Vaccination United Provinces of Agra and Oudh 1902-1913 - 1902-1913
Year: 1902
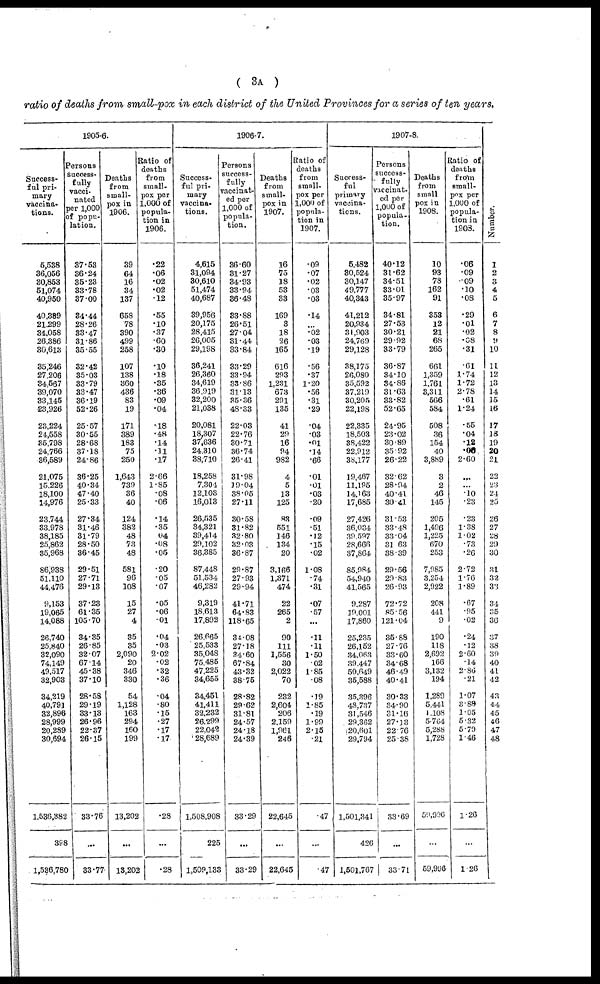
( 3A )
ratio of deaths from small-pox in each district of the United Provinces for a series of ten years.
1905-6.
Success-
ful pri-
mary
vaccina-
tions.
5,538
36,056
30,853
51,074
40,950
40,389
21,299
34,058
26,386
30,613
35,246
27,206
34,567
39,070
33,145
23,926
23,224
24,558
35,798
24,766
36,589
21,075
15,226
18,100
14,976
23,744
33,978
38,185
25,862
35,968
86,938
51,110
44,476
9,153
19,065
14,088
26,740
25,840
32,090
74,149
49,517
32,903
34,219
40,791
32,896
28,999
20,289
30,694
1,536,382
398
1,536,780
Persons
success¬
fully
vacci-
nated
per 1,000
of popu-
lation.
37.53
36.24
35.23
33.78
37.00
34.44
28.26
33.47
31.86
35.55
32.42
35.03
33.79
33.47
36.19
52.26
25.57
30.55
28.68
37.18
24.86
36.25
40.34
47.40
25.33
27.34
31.46
31.79
28.50
36.45
29.51
27.71
29.13
37.23
61.35
105.70
34.35
26.85
32.07
67.14
45.38
37.10
28.58
29.19
33.13
26.96
22.37
26.15
33.76
...
33.77
Deaths
from
small-
pox in
1906.
39
64
16
34
137
658
78
390
499
258
107
138
360
436
83
19
171
389
183
75
250
1,643
739
36
40
124
382
48
73
48
581
96
108
15
27
4
35
35
2,090
20
346
330
54
1,128
163
294
160
199
13,202
...
13,202
Ratio of
deaths
from
small-
pox per
1,000 of
popula-
tion in
1906.
.22
.06
.02
.02
.12
.55
.10
.37
.60
.30
.10
.18
.35
.36
.09
.04
.18
.48
.14
.11
.17
2.66
1.85
.08
.06
.14
.35
04
.08
.05
.20
.05
.07
.05
.06
.01
.04
.03
2.02
.02
.32
.36
.04
.80
.15
.27
.17
.17
.28
...
.28
1906-7.
Success-
ful pri¬
mary
vaccina¬
tions.
4,615
31,094
30,610
51,474
40,687
39,956
20,175
28,415
26,005
29,198
36,241
26,360
34,619
36,919
32,200
21,038
20,081
18,307
37,636
24,310
38,710
18,258
7,304
12,103
16,013
26,535
34,321
39,414
29,102
36,385
87,448
51,534
46,282
9,319
18,613
17,892
26,665
25,533
35,048
75.485
47,225
34,655
34,451
41,411
32,232
26,299
22,042
28,689
1,508,908
225
1,509,133
Persons
success¬
fully
vaccinat-
ed per
1,000 of
popula-
tion.
36.60
31.27
34.93
33.94
36.48
33.88
26.51
27.04
31.44
33.84
33.29
33.94
33.86
31.13
35.36
48.33
22.03
22.76
30.71
36.74
26.41
31.98
19.04
38.05
27.11
30.58
31.82
32.80
32.03
36.87
29.87
27.93
29.94
41.71
64.83
118.65
34.08
27.18
34.60
67.84
43.32
38.75
28.82
29.62
31.81
24.57
24.18
24.39
33.29
...
33.29
Deaths
from
small-
pox in
1907.
16
75
18
53
33
169
3
18
26
165
616
293
1,231
673
291
135
41
29
16
94
982
4
5
13
125
83
551
146
134
20
3,166
1,371
474
22
265
2
90
111
1,556
30
2,022
70
232
2,604
206
2,159
1,961
246
22,645
...
22,645
Ratio of
deaths
from
small-
pox per
1,000 of
popula-
tion in
1907.
.09
.07
.02
.03
.03
.14
...
.02
.03
.19
.56
.37
1.20
.56
.31
.29
.04
.03
.01
.14
.66
.01
.01
.03
.20
.09
.51
.12
.15
.02
1.08
.74
.31
.07
.57
...
.11
.11
1.50
.02
185
.08
.19
1.85
.19
1.99
2.15
.21
.47
...
.47
1907-8.
Success¬
ful
primary
vaccina-
tions.
5,482
30,524
30,147
49,777
40,343
41,212
20,934
31,903
24,769
29,128
38,175
26,080
35,592
37,219
30,205
22,198
22,335
18,503
38,422
22,912
38,177
19,467
11,195
14,163
17,685
27,426
36,034
39,597
28,666
37,864
85,984
54,940
41,565
9.287
19,001
17,860
25,235
26,152
34,063
39,447
50,649
35,588
35,396
48,737
31,546
29,362
20,601
29,794
1,501,341
426
1,501,767
Persons
success-
fully
vaccinat¬
ed per
1,000 of
popula-
tion.
40.12
31.62
34.51
33.01
35.97
34.81
27.53
30.21
29.92
33.79
36.87
34.10
34.86
31.63
33.82
52.65
24.95
23.02
30.89
35.92
26.22
32.62
28.94
40.41
30.41
31.53
33.48
33.04
31.63
38.39
29.56
29.83
26.93
72.72
85.56
121.04
35.88
27.76
33.60
34.68
46.49
40.41
30.33
34.90
31.16
27.13
22.76
25.38
33.69
...
33.71
Deaths
from
small
pox in
1908.
10
93
78
162
91
353
12
21
68
265
661
1,359
1,761
3,311
566
584
508
36
154
40
3,889
3
2
46
145
205
1,496
1,225
670
253
7,985
3,254
2,922
208
441
9
190
118
2,692
166
3,132
194
1,289
5,441
1,108
5,764
5,288
1,728
59,996
...
59,996
Ratio of
deaths
from
small-
pox per
1,000 of
popula-
tion in
1908.
.06
.09
.09
.10
.08
.29
.01
.02
.08
.31
.61
1.74
1.72
2.78
.61
1.24
.55
.04
.12
.06
2.60
...
...
.10
.23
.23
1,38
1.02
.73
.26
2.72
1.76
1.89
.67
.95
.02
.24
.12
2.60
.14
2.86
.21
1.07
3.88
1.05
5.32
5.79
1.46
1.26
...
1.26
Number.
1
2
3
4
5
6
7
8
9
10
11
12
13
14
15
16
17
18
19
20
21
22
23
24
25
26
27
28
29
30
31
32
33
34
35
36
37
38
39
40
41
42
43
44
45
46
47
48